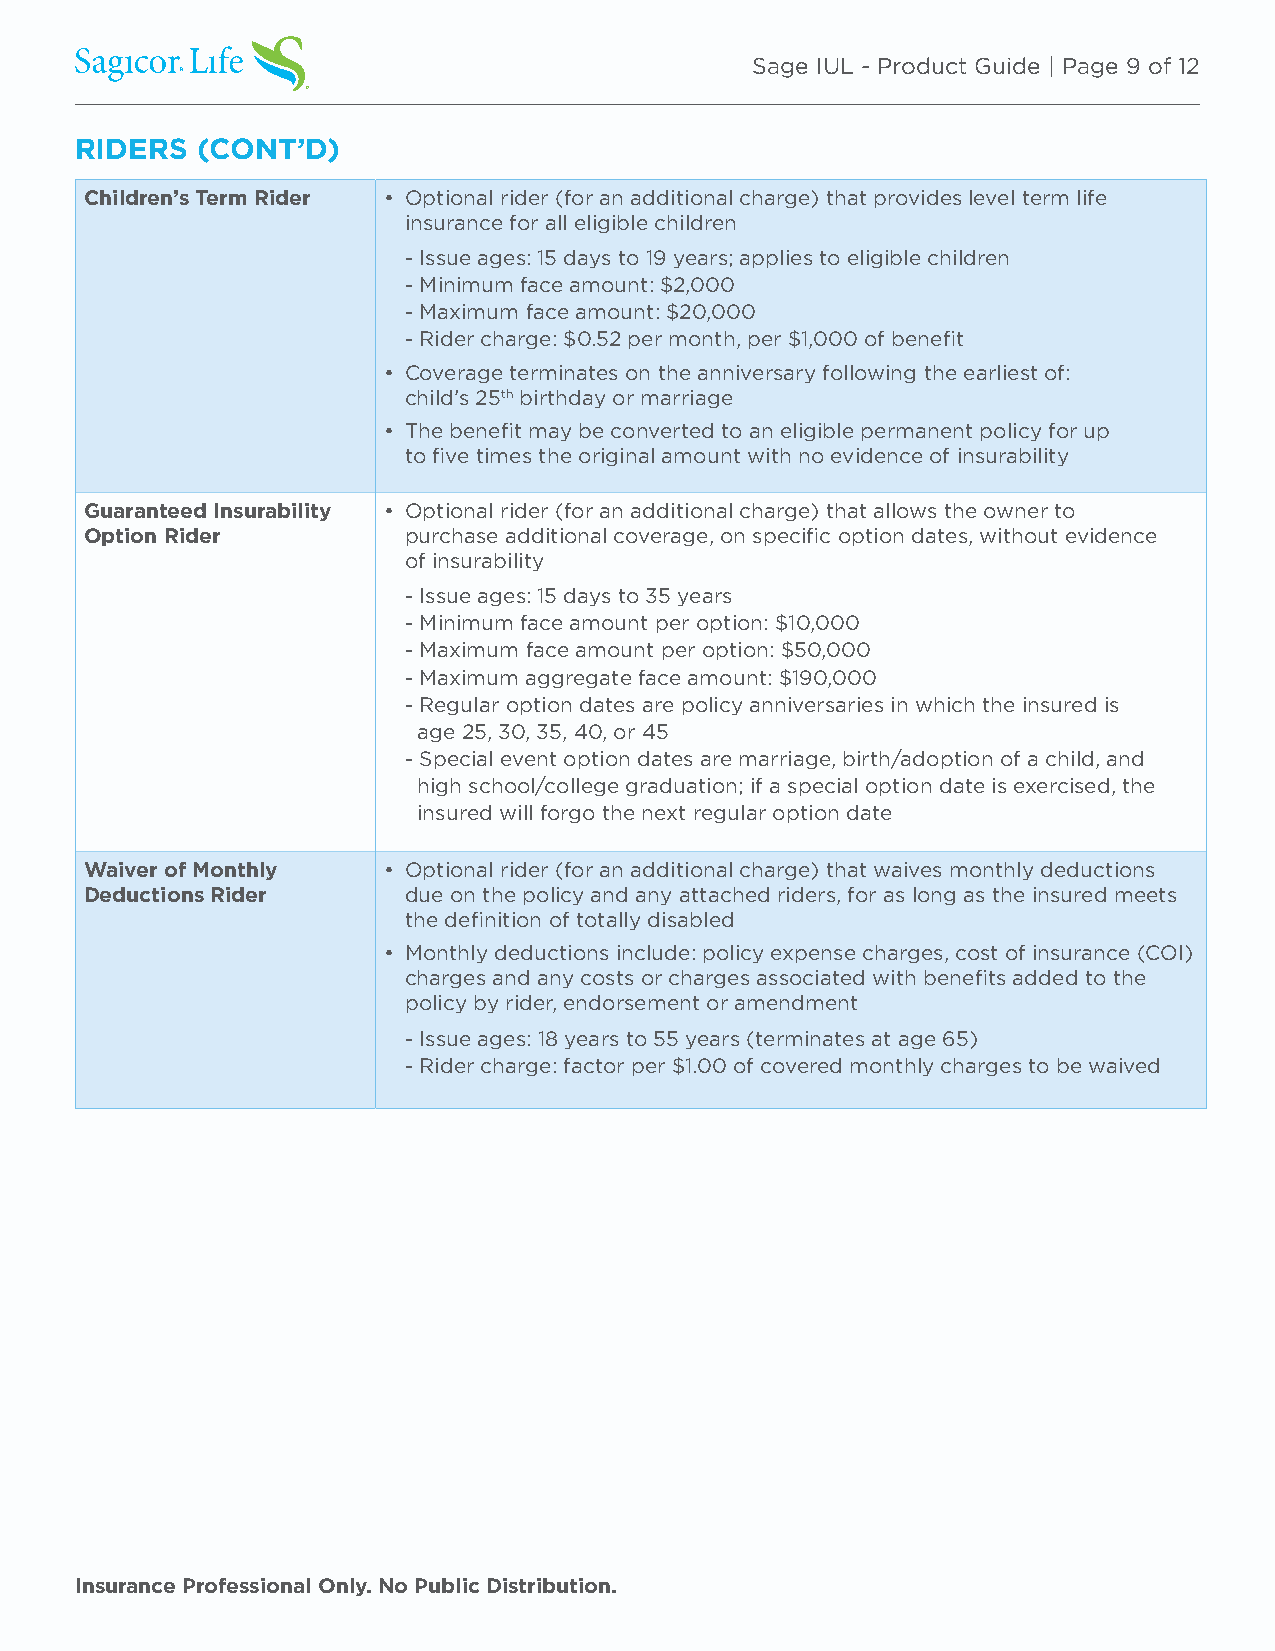
Sage IUL - Product Guide | Page 9 of 12
 RIDERS  (CONT’D)
 Children’s Term Rider • Optional rider (for an additional charge) that provides level term life
 insurance for all eligible children
 - Issue ages: 15 days to 19 years; applies to eligible children
 - Minimum face amount: $2,000
 - Maximum face amount: $20,000
 - Rider charge: $0.52 per month, per $1,000 of benefit
 • Coverage terminates on the anniversary following the earliest of:
 child’s 25th birthday or marriage
 • The benefit may be converted to an eligible permanent policy for up
 to five times the original amount with no evidence of insurability
 Guaranteed Insurability • Optional rider (for an additional charge) that allows the owner to
 Option Rider         purchase additional coverage, on specific option dates, without evidence
 of insurability
 - Issue ages: 15 days to 35 years
 - Minimum face amount per option: $10,000
 - Maximum face amount per option: $50,000
 - Maximum aggregate face amount: $190,000
 - Regular option dates are policy anniversaries in which the insured is
 age 25, 30, 35, 40, or 45
 - Special event option dates are marriage, birth/adoption of a child, and
 high school/college graduation; if a special option date is exercised, the
 insured will forgo the next regular option date
 Waiver of Monthly  • Optional rider (for an additional charge) that waives monthly deductions
 Deductions Rider     due on the policy and any attached riders, for as long as the insured meets
 the definition of totally disabled
 • Monthly deductions include: policy expense charges, cost of insurance (COI)
 charges and any costs or charges associated with benefits added to the
 policy by rider, endorsement or amendment
 - Issue ages: 18 years to 55 years (terminates at age 65)
 - Rider charge: factor per $1.00 of covered monthly charges to be waived
 Insurance Professional Only. No Public Distribution.